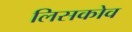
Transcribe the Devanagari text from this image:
लिसकोव